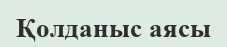
Қолданыс аясы